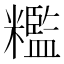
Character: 糮